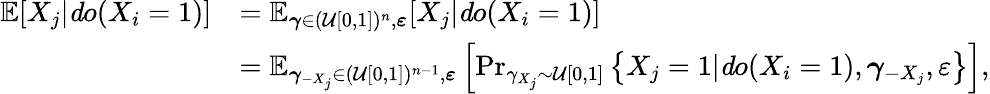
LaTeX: \begin{array}{rl}{\mathbb{E}[X_{j}|{\mathit do}(X_{i}=1)]}&{=\mathbb{E}_{\boldsymbol{\gamma}\in(\mathcal{U}[0,1])^{n},\boldsymbol{\varepsilon}}[X_{j}|{\mathit do}(X_{i}=1)]}\\ &{=\mathbb{E}_{\boldsymbol{\gamma}_{-X_{j}}\in(\mathcal{U}[0,1])^{n-1},\boldsymbol{\varepsilon}}\left[\operatorname*{Pr}_{\gamma_{X_{j}}\sim\mathcal{U}[0,1]}\left\{ X_{j}=1|{\mathit do}(X_{i}=1),\boldsymbol{\gamma}_{-X_{j}},\varepsilon\right\} \right],}\end{array}